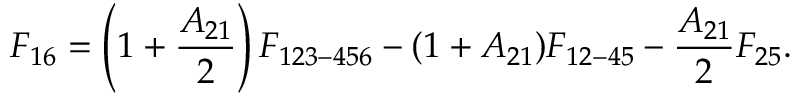
F _ { 1 6 } = \left( 1 + \frac { A _ { 2 1 } } { 2 } \right) F _ { 1 2 3 - 4 5 6 } - ( 1 + A _ { 2 1 } ) F _ { 1 2 - 4 5 } - \frac { A _ { 2 1 } } { 2 } F _ { 2 5 } { . }